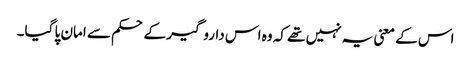
اس کے معنی یہ نہیں تھے کہ وہ اس داروگیر کے حکم سے امان پا گیا۔